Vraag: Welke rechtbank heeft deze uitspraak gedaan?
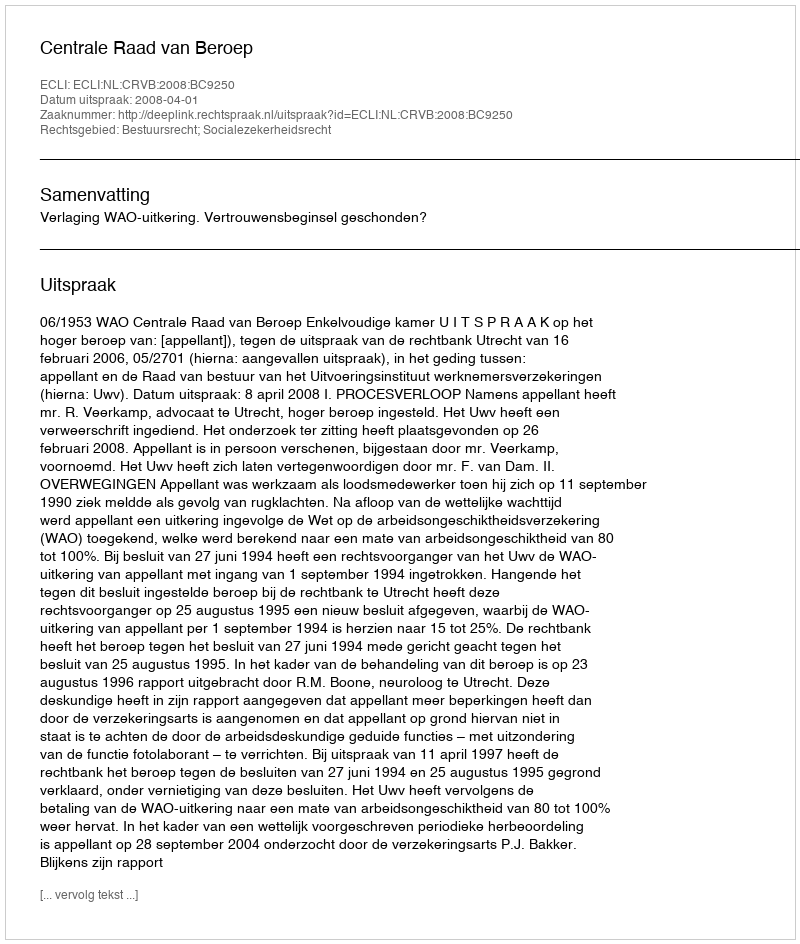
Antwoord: Centrale Raad van Beroep